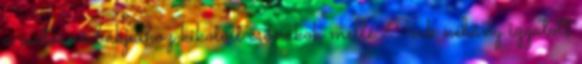
a csatorna bakjaihoz kikötött csónakok mellé. Csak néhány izgatott